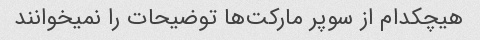
هیچکدام از سوپر مارکت‌ها توضیحات را نمیخوانند